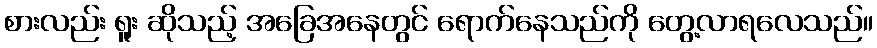
စားလည်း ရူး ဆိုသည့် အခြေအနေတွင် ရောက်နေသည်ကို တွေ့လာရလေသည်။